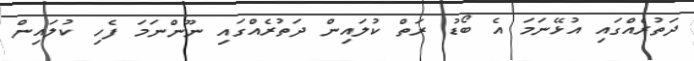
ދަތުރެއްގައި އުޅޭނަމަ އެ ބޯޑު ރަތް ކުލައިން ދަތުރެއްގައި ނޫންނަމަ ފެހި ކުލައިން